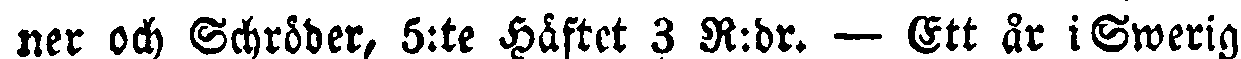
ner och Schröder, 5:te Häftet 3 R:dr. — Ett år i Swerig